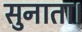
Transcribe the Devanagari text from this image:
सुनाता।